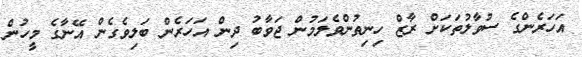
އަހަރެންގެ ސުވާލުތަކަށް ރާޒް ހިނިތުންވެލަމުން ޖަވާބު ދިން އަހަރެން ބަލިވެގެން އޭނާގެ މީހުން